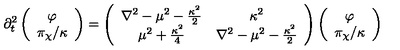
\partial _ { t } ^ { 2 } \left( \begin{array} { c } { \varphi } \\ { { \pi _ { \chi } / \kappa } } \\ \end{array} \right) = \left( \begin{array} { c c } { \nabla ^ { 2 } - \mu ^ { 2 } - { \frac { \kappa ^ { 2 } } { 2 } } } & { \kappa ^ { 2 } } \\ { \mu ^ { 2 } + { \frac { \kappa ^ { 2 } } { 4 } } } & { \nabla ^ { 2 } - \mu ^ { 2 } - { \frac { \kappa ^ { 2 } } { 2 } } } \\ \end{array} \right) \left( \begin{array} { c } { \varphi } \\ { { \pi _ { \chi } / \kappa } } \\ \end{array} \right)